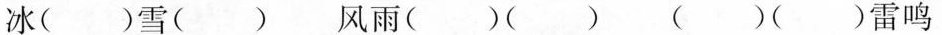
冰( )雪( ) 风雨( )( ) ( )( )雷鸣